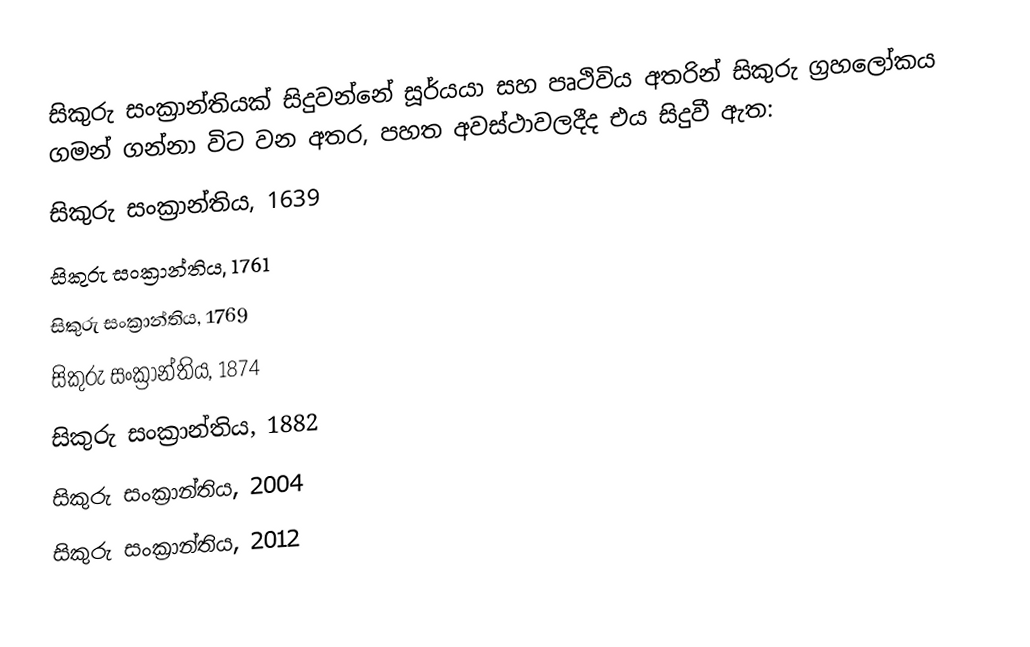
සිකුරු සංක්‍රාන්තියක් සිදුවන්නේ සූර්යයා සහ පෘථිවිය අතරින් සිකුරු ග්‍රහලෝකය ගමන් ගන්නා විට වන අතර, පහත අවස්ථාවලදීද එය සිදුවී ඇත:
සිකුරු සංක්‍රාන්තිය, 1639
සිකුරු සංක්‍රාන්තිය, 1761
සිකුරු සංක්‍රාන්තිය, 1769
සිකුරු සංක්‍රාන්තිය, 1874
සිකුරු සංක්‍රාන්තිය, 1882
සිකුරු සංක්‍රාන්තිය, 2004
සිකුරු සංක්‍රාන්තිය, 2012